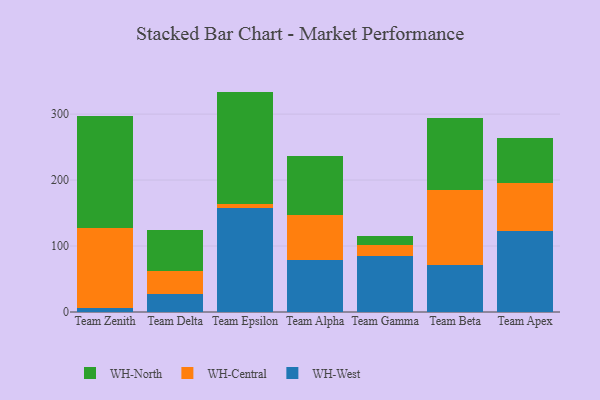
{"axis": {"x": "Team", "y": "Inventory Turnover"}, "legend": ["WH-Central", "WH-North", "WH-West"], "data": [{"x": "Team Zenith", "y": 6.3, "type": "WH-West"}, {"x": "Team Zenith", "y": 120.3, "type": "WH-Central"}, {"x": "Team Zenith", "y": 170.1, "type": "WH-North"}, {"x": "Team Delta", "y": 27.6, "type": "WH-West"}, {"x": "Team Delta", "y": 34.4, "type": "WH-Central"}, {"x": "Team Delta", "y": 62.9, "type": "WH-North"}, {"x": "Team Epsilon", "y": 157.6, "type": "WH-West"}, {"x": "Team Epsilon", "y": 6.3, "type": "WH-Central"}, {"x": "Team Epsilon", "y": 170.2, "type": "WH-North"}, {"x": "Team Alpha", "y": 79.0, "type": "WH-West"}, {"x": "Team Alpha", "y": 68.8, "type": "WH-Central"}, {"x": "Team Alpha", "y": 89.3, "type": "WH-North"}, {"x": "Team Gamma", "y": 85.0, "type": "WH-West"}, {"x": "Team Gamma", "y": 17.1, "type": "WH-Central"}, {"x": "Team Gamma", "y": 13.0, "type": "WH-North"}, {"x": "Team Beta", "y": 71.2, "type": "WH-West"}, {"x": "Team Beta", "y": 114.3, "type": "WH-Central"}, {"x": "Team Beta", "y": 109.3, "type": "WH-North"}, {"x": "Team Apex", "y": 123.1, "type": "WH-West"}, {"x": "Team Apex", "y": 72.2, "type": "WH-Central"}, {"x": "Team Apex", "y": 67.9, "type": "WH-North"}]}